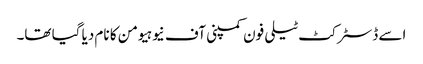
اسے ڈسٹرکٹ ٹیلی فون کمپنی آف نیوہیومن کا نام دیا گیا تھا۔